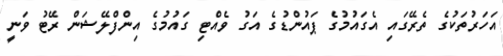
އަހަރުތަކުގެ ތެރޭގައި އެގައުމުގެ ޕައުންޑުގެ އަގު ވެއްޓި ގައުމުގެ އިންފްލޭޝަން ރޭޓު ވަނީ